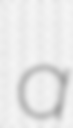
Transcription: a